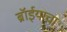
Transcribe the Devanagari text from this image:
ब्रॉईयाचा